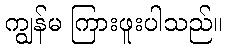
ကျွန်မ ကြားဖူးပါသည်။